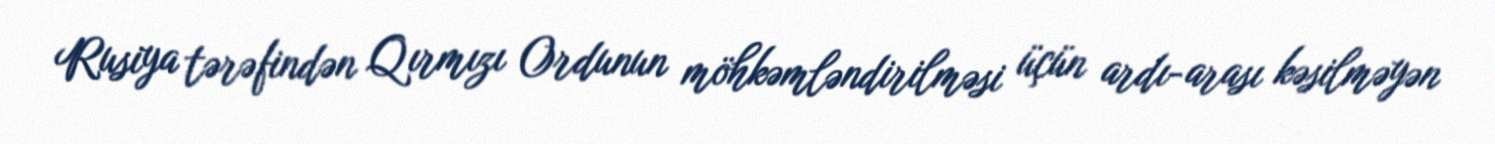
Rusiya tərəfindən Qırmızı Ordunun möhkəmləndirilməsi üçün ardı-arası kəsilməyən